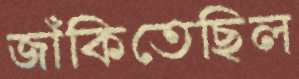
জাঁকিতেছিল